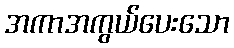
အကာအကွယ်ပေးသော